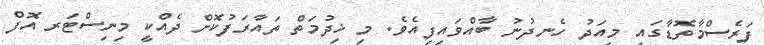
ފަރެސްމާތޮޑާގައި މިއަދު ހެނދުނު ބާއްވައިފިއެވެ. މި ޚިދުމަތް ތައާރަފުކޮށް ދެއްކީ މިނިސްޓަރ އޮފް